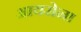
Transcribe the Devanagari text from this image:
आयरोना